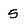
Character: 5